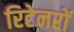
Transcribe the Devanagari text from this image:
रिटेनरों